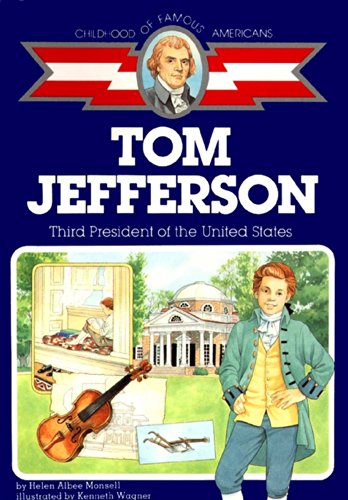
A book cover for Thomas Jefferson: Third President of the United States (Childhood of Famous Americans); Helen Albee Monsell; Children's Books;